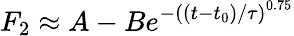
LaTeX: F_{2}\approx A-Be^{-\left((t-t_{0})/\tau\right)^{0.75}}